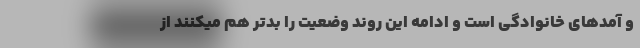
و آمدهای خانوادگی است و ادامه این روند وضعیت را بدتر هم میکنند از